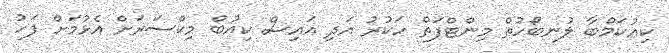
ކިއުކަމްބާ ލުނބޯހުތް މިންޓްފަތް ހަކުރު އަދި އައިސް ކިއުބް މިކްސަރަށް އެޅުމަށް ފަހު